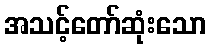
အသင့်တော်ဆုံးသော